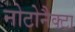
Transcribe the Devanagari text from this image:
नोटोनैक्टा